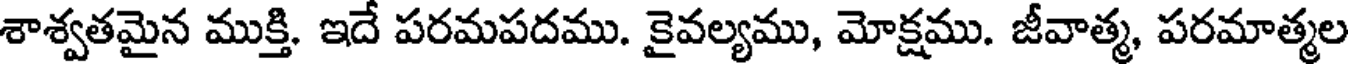
శాశ్వతమైన ముక్తి. ఇదే పరమపదము. కైవల్యము, మోక్షము. జీవాత్మ, పరమాత్మల